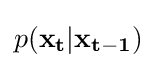
p(\mathbf {x_{t}} |\mathbf {x_{t-1}} )